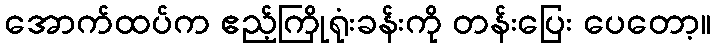
အောက်ထပ်က ဧည့်ကြိုရုံးခန်းကို တန်းပြေး ပေတော့။